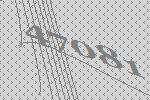
47081